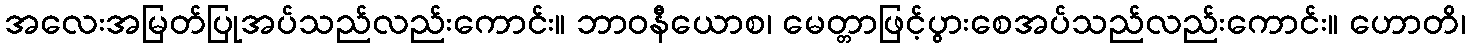
အလေးအမြတ်ပြုအပ်သည်လည်းကောင်း။ ဘာဝနီယောစ၊ မေတ္တာဖြင့်ပွားစေအပ်သည်လည်းကောင်း။ ဟောတိ၊